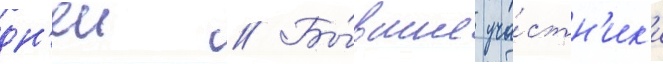
дн'еи // Бы́вшие уча́стн'ик'и